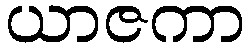
ယာဇကာ